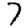
Digit: 7